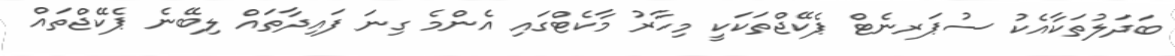
ބަދަލުތަކާއެކު ސުޕަރނެޓް ޕެކޭޖްތަކަކީ މިހާރު މާކެޓްގައި އެންމެ ގިނަ ފައިދާތައް ލިބޭނެ ޕެކޭޖްތައް